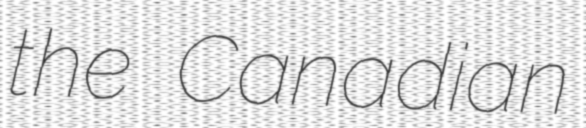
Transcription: the Canadian